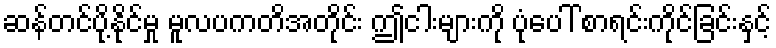
ဆန်တင်ပို့နိုင်မှု မူလပကတိအတိုင်း ဤငါးများကို ပုံပေါ် စာရင်းကိုင်ခြင်းနှင့်